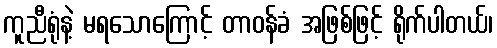
ကူညီရုံနဲ့ မရသောကြောင့် တာဝန်ခံ အဖြစ်ဖြင့် ရိုက်ပါတယ်၊